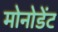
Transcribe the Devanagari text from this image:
मोनोडेंट